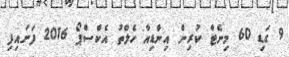
9 ގަޑި 60 މިނެޓް ކުރިން އިންޑިއާ ހެލްތު އެކްސްޕޯ 2016 ފަށައިފި